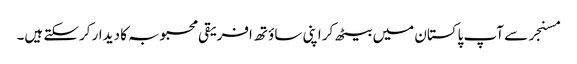
مسنجر سے آپ پاکستان میں بیٹھ کر اپنی ساؤتھ افریقی محبوبہ کا دیدار کرسکتے ہیں۔